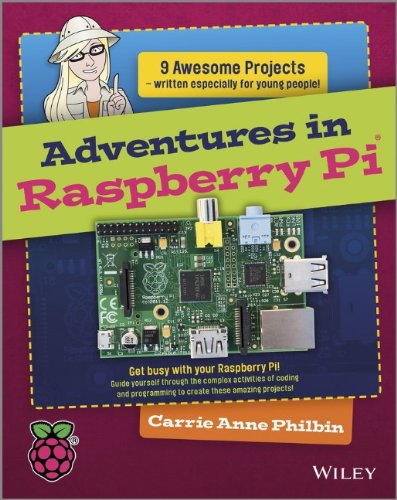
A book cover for Adventures In Raspberry Pi; Carrie Anne Philbin; Computers & Technology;